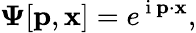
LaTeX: {\mathbf\Psi}[{\mathbf p},{\mathbf x}]=e^{\mathrm{~i~}{\mathbf p}\cdot{\mathbf x}},